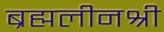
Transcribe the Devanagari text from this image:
ब्रह्मलीनश्री